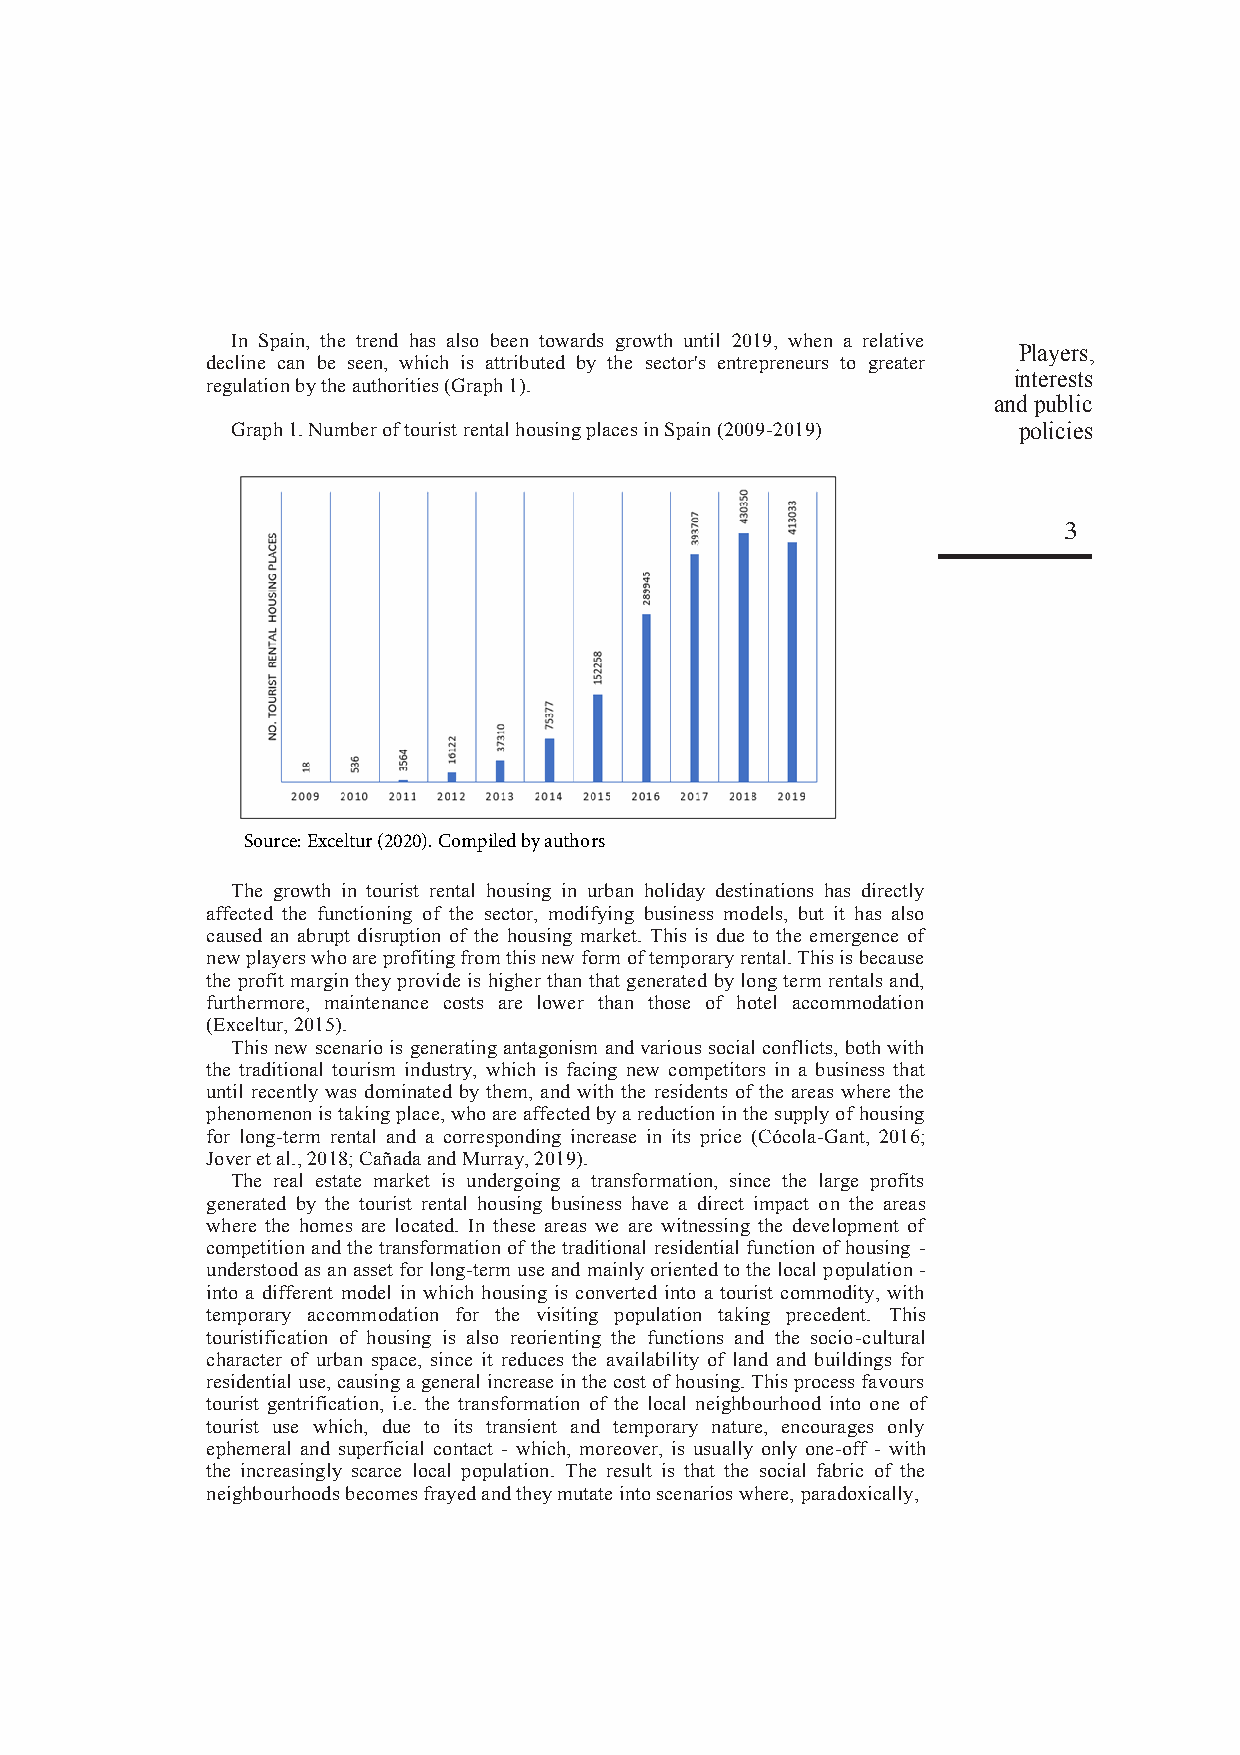
In Spain, the trend has also been towards growth until 2019, when a relative
 Players,
 decline can be seen, which is attributed by the sector's entrepreneurs to greater
 interests
 regulation by the authorities (Graph 1).
 and public
 Graph 1. Number of tourist rental housing places in Spain (2009-2019) policies
 3
 Source: Exceltur (2020). Compiled by authors
 The growth in tourist rental housing in urban holiday destinations has directly
 affected the functioning of the sector, modifying business models, but it has also
 caused an abrupt disruption of the housing market. This is due to the emergence of
 new players who are profiting from this new form of temporary rental. This is because
 the profit margin they provide is higher than that generated by long term rentals and,
 furthermore, maintenance costs are lower than those of hotel accommodation
 (Exceltur, 2015).
 This new scenario is generating antagonism and various social conflicts, both with
 the traditional tourism industry, which is facing new competitors in a business that
 until recently was dominated by them, and with the residents of the areas where the
 phenomenon is taking place, who are affected by a reduction in the supply of housing
 for long-term rental and a corresponding increase in its price (Cócola-Gant, 2016;
 Jover et al., 2018; Cañada and Murray, 2019).
 The real estate market is undergoing a transformation, since the large profits
 generated by the tourist rental housing business have a direct impact on the areas
 where the homes are located. In these areas we are witnessing the development of
 competition and the transformation of the traditional residential function of housing -
 understood as an asset for long-term use and mainly oriented to the local population -
 into a different model in which housing is converted into a tourist commodity, with
 temporary accommodation for the visiting population taking precedent. This
 touristification of housing is also reorienting the functions and the socio-cultural
 character of urban space, since it reduces the availability of land and buildings for
 residential use, causing a general increase in the cost of housing. This process favours
 tourist gentrification, i.e. the transformation of the local neighbourhood into one of
 tourist use which, due to its transient and temporary nature, encourages only
 ephemeral and superficial contact - which, moreover, is usually only one-off - with
 the increasingly scarce local population. The result is that the social fabric of the
 neighbourhoods becomes frayed and they mutate into scenarios where, paradoxically,